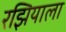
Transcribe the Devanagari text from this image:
रझियाला